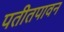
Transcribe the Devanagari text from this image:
पतीतपावन